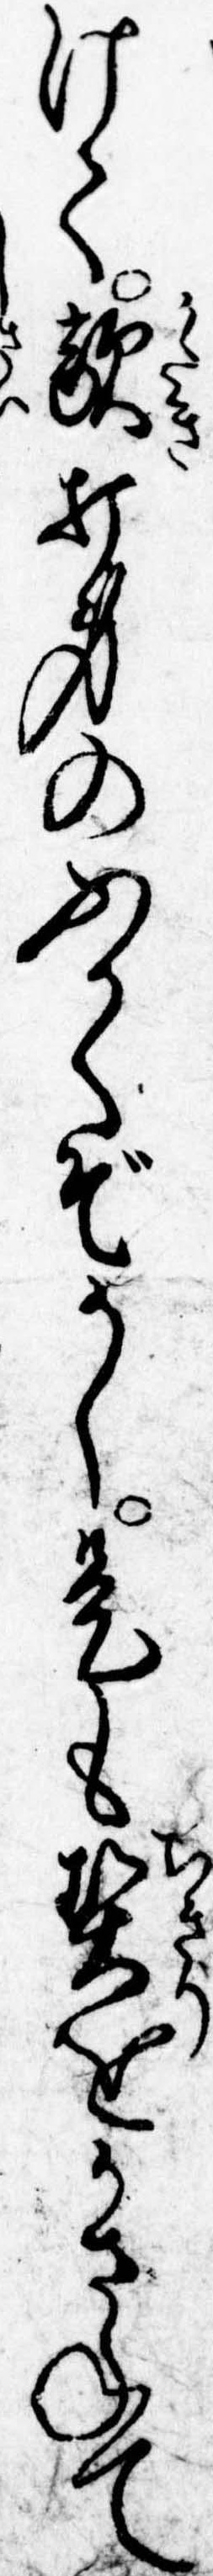
けて敵打身のふかくぞかし是も契をかさねて